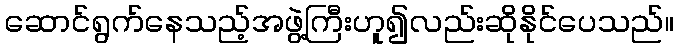
ဆောင်ရွက်နေသည့်အဖွဲ့ကြီးဟူ၍လည်းဆိုနိုင်ပေသည်။